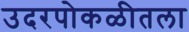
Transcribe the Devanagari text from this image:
उदरपोकळीतला